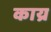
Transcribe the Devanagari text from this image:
काय्र